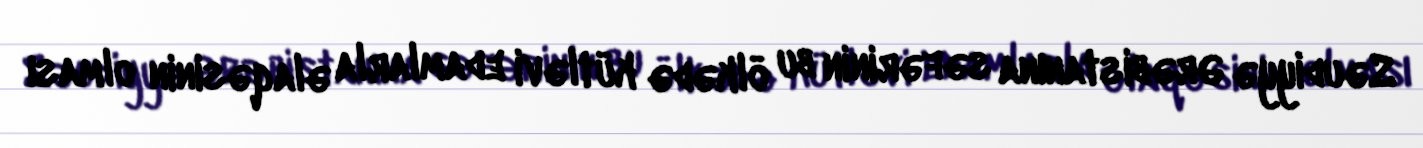
Səudiyyə Ərəbistanına səfərinin bu ölkədə kütləvi edamlarla əlaqəsinin olması